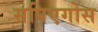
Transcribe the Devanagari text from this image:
सपिएगोस